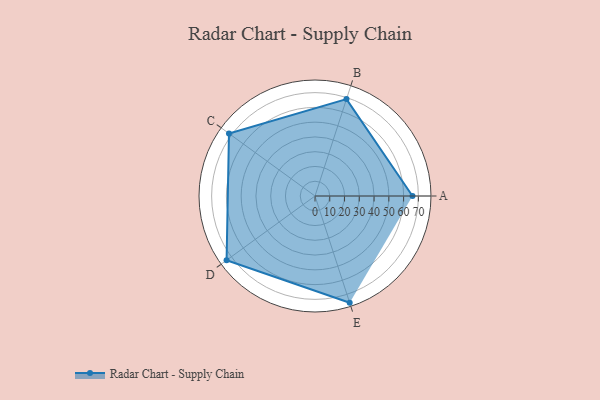
{"axis": {"x": "Skill", "y": "Score"}, "legend": ["Profile"], "data": [{"x": "A", "y": 66.0, "type": "Profile"}, {"x": "B", "y": 69.0, "type": "Profile"}, {"x": "C", "y": 72.0, "type": "Profile"}, {"x": "D", "y": 74.0, "type": "Profile"}, {"x": "E", "y": 76.0, "type": "Profile"}]}